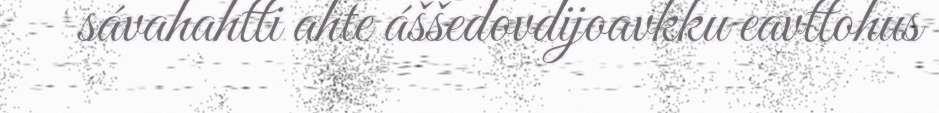
sávahahtti ahte áššedovdijoavkku eavttohus